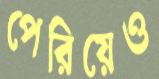
পেরিয়েও